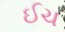
ઈચ